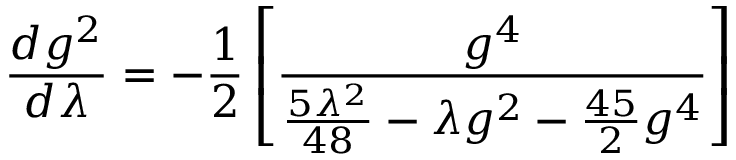
\frac { d g ^ { 2 } } { d \lambda } = - \frac { 1 } { 2 } \left[ \frac { g ^ { 4 } } { \frac { 5 \lambda ^ { 2 } } { 4 8 } - \lambda g ^ { 2 } - \frac { 4 5 } { 2 } g ^ { 4 } } \right]